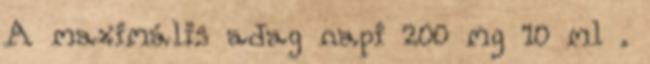
A maximális adag napi 200 mg 10 ml .